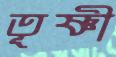
তূষ্ণী